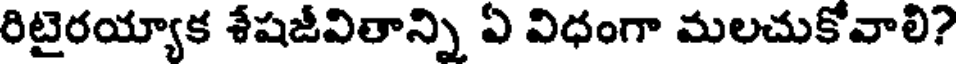
రిటైరయ్యాక శేషజీవితాన్ని ఏ విధంగా మలచుకోవాలి?